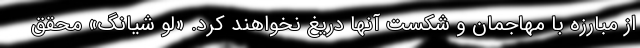
از مبارزه با مهاجمان و شکست آنها دریغ نخواهند کرد. «لو شیانگ» محقق